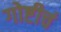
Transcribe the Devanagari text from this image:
गोष्टीचं